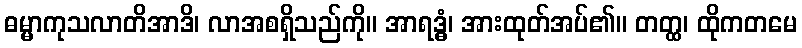
ဓမ္မာကုသလာတိအာဒိ၊ လာအစရှိသည်ကို။ အာရဒ္ဓံ၊ အားထုတ်အပ်၏။ တတ္ထ၊ ထိုကတမေ